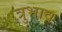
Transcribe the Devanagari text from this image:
त्रुभाव